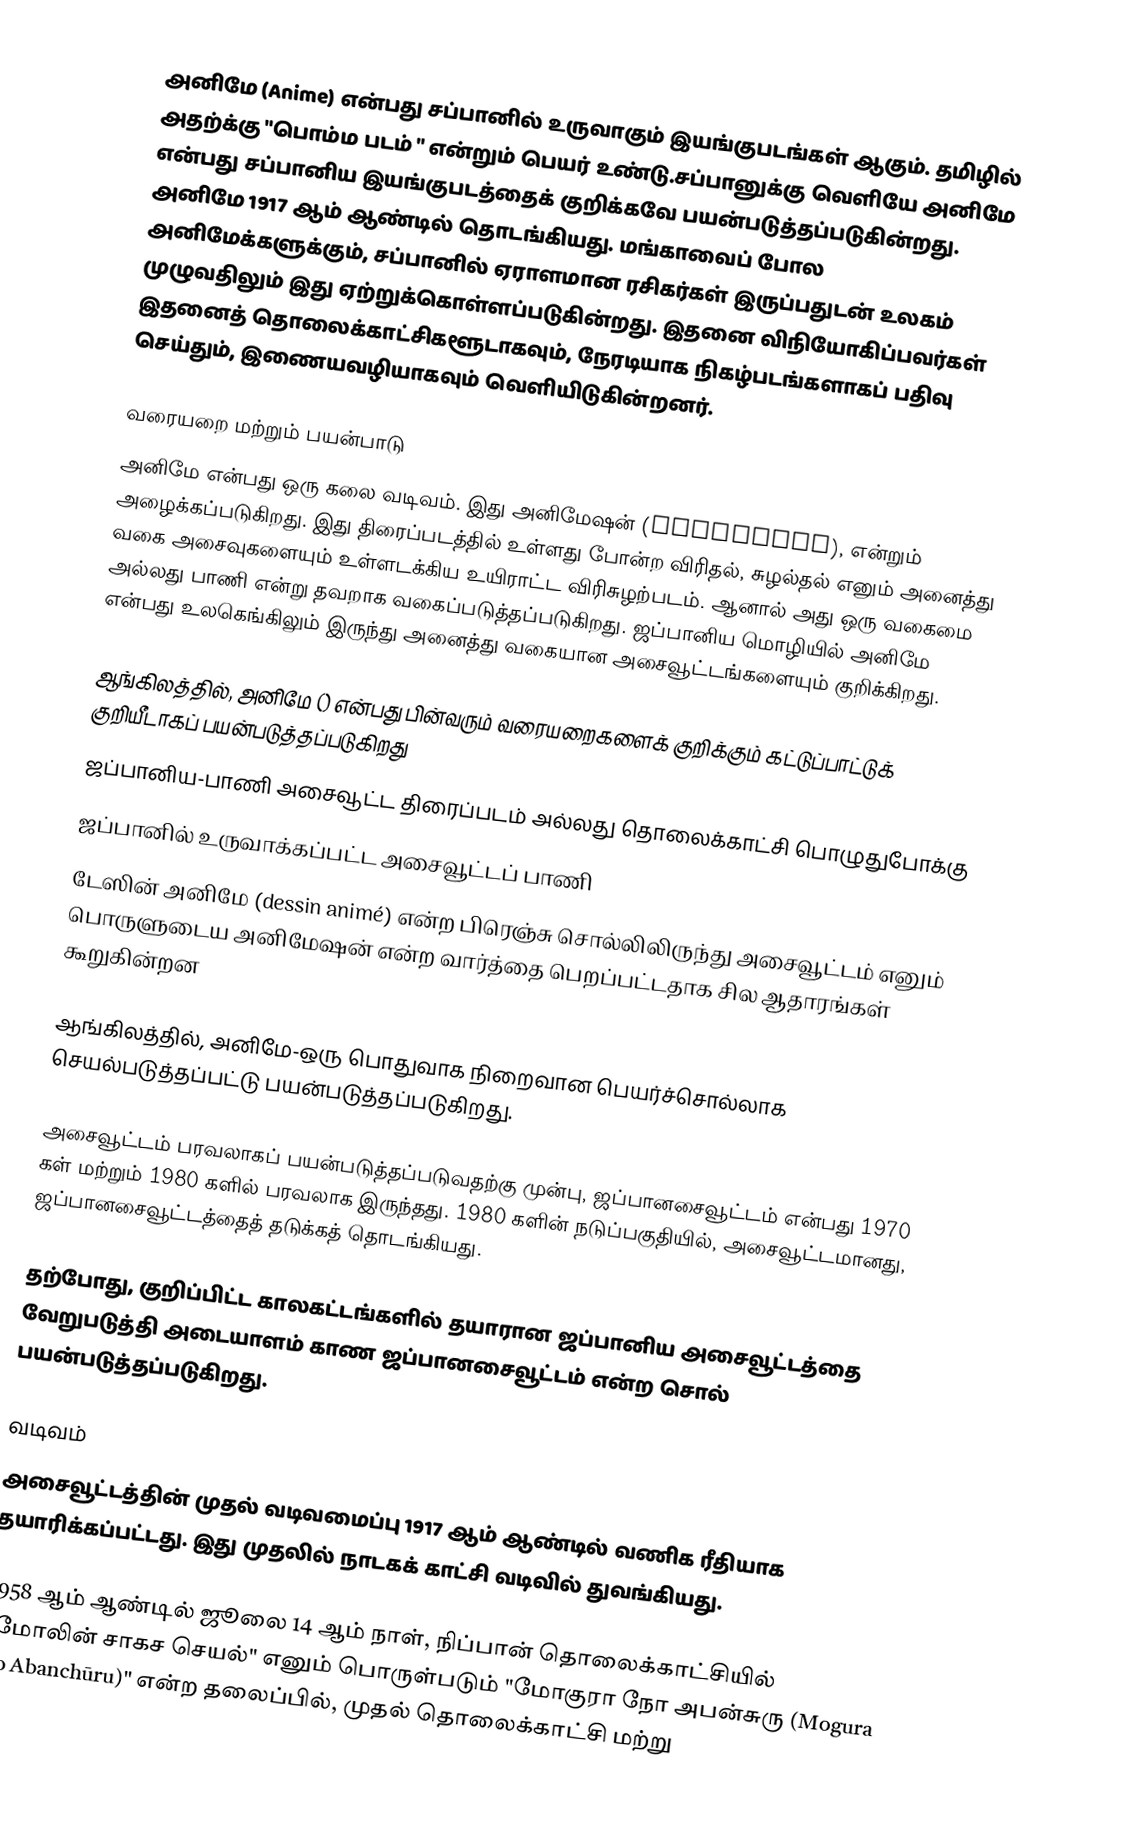
அனிமே (Anime)  என்பது சப்பானில் உருவாகும் இயங்குபடங்கள் ஆகும். தமிழில் அதற்க்கு "பொம்ம படம் " என்றும் பெயர் உண்டு.சப்பானுக்கு வெளியே அனிமே என்பது சப்பானிய இயங்குபடத்தைக் குறிக்கவே பயன்படுத்தப்படுகின்றது. அனிமே 1917 ஆம் ஆண்டில் தொடங்கியது. மங்காவைப் போல அனிமேக்களுக்கும், சப்பானில் ஏராளமான ரசிகர்கள் இருப்பதுடன் உலகம் முழுவதிலும் இது ஏற்றுக்கொள்ளப்படுகின்றது. இதனை விநியோகிப்பவர்கள் இதனைத் தொலைக்காட்சிகளூடாகவும், நேரடியாக நிகழ்படங்களாகப் பதிவு செய்தும், இணையவழியாகவும் வெளியிடுகின்றனர்.

வரையறை மற்றும் பயன்பாடு
அனிமே என்பது ஒரு கலை வடிவம். இது அனிமேஷன் (animation), என்றும் அழைக்கப்படுகிறது. இது திரைப்படத்தில் உள்ளது போன்ற விரிதல், சுழல்தல் எனும் அனைத்து வகை அசைவுகளையும் உள்ளடக்கிய உயிராட்ட விரிசுழற்படம். ஆனால் அது ஒரு வகைமை அல்லது பாணி என்று தவறாக வகைப்படுத்தப்படுகிறது. ஜப்பானிய மொழியில் அனிமே என்பது உலகெங்கிலும் இருந்து அனைத்து வகையான அசைவூட்டங்களையும் குறிக்கிறது.

ஆங்கிலத்தில், அனிமே () என்பது பின்வரும் வரையறைகளைக் குறிக்கும்  கட்டுப்பாட்டுக் குறியீடாகப் பயன்படுத்தப்படுகிறது
 ஜப்பானிய-பாணி அசைவூட்ட திரைப்படம் அல்லது தொலைக்காட்சி பொழுதுபோக்கு
 ஜப்பானில் உருவாக்கப்பட்ட அசைவூட்டப் பாணி
டேஸின் அனிமே (dessin animé) என்ற பிரெஞ்சு சொல்லிலிருந்து அசைவூட்டம் எனும் பொருளுடைய அனிமேஷன் என்ற வார்த்தை பெறப்பட்டதாக சில ஆதாரங்கள் கூறுகின்றன

ஆங்கிலத்தில், அனிமே-ஒரு பொதுவாக நிறைவான பெயர்ச்சொல்லாக செயல்படுத்தப்பட்டு பயன்படுத்தப்படுகிறது.

அசைவூட்டம் பரவலாகப் பயன்படுத்தப்படுவதற்கு முன்பு, ஜப்பானசைவூட்டம் என்பது 1970 கள் மற்றும் 1980 களில் பரவலாக இருந்தது. 1980 களின் நடுப்பகுதியில், அசைவூட்டமானது, ஜப்பானசைவூட்டத்தைத் தடுக்கத் தொடங்கியது.

தற்போது, குறிப்பிட்ட காலகட்டங்களில் தயாரான ஜப்பானிய அசைவூட்டத்தை வேறுபடுத்தி அடையாளம் காண ஜப்பானசைவூட்டம் என்ற சொல் பயன்படுத்தப்படுகிறது.

வடிவம்
அசைவூட்டத்தின் முதல் வடிவமைப்பு 1917 ஆம் ஆண்டில் வணிக ரீதியாக தயாரிக்கப்பட்டது. இது முதலில் நாடகக் காட்சி வடிவில் துவங்கியது.

1958 ஆம் ஆண்டில் ஜூலை 14 ஆம் நாள், நிப்பான் தொலைக்காட்சியில் "மோலின் சாகச செயல்" எனும் பொருள்படும் "மோகுரா நோ அபன்சுரு (Mogura no Abanchūru)" என்ற தலைப்பில், முதல் தொலைக்காட்சி மற்று